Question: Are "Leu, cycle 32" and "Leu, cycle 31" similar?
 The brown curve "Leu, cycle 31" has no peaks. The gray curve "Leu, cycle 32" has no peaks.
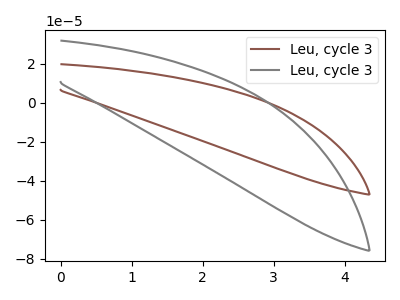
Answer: <think>Neither "Leu, cycle 32" or "Leu, cycle 31" have any peaks.
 </think>
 <answer>"Leu, cycle 32" and "Leu, cycle 31" are similar in shape.</answer>
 <eval>same_shape</eval>